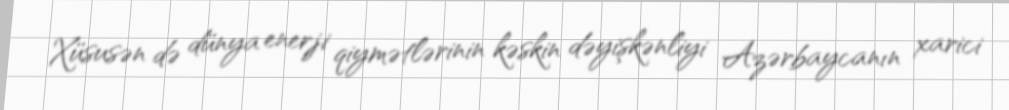
Xüsusən də dünya enerji qiymətlərinin kəskin dəyişkənliyi Azərbaycanın xarici